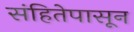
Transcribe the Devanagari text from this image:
संहितेपासून